65_HS1-834228961_62-HQ-83894_Section_10
Agency: FBI
Page 14
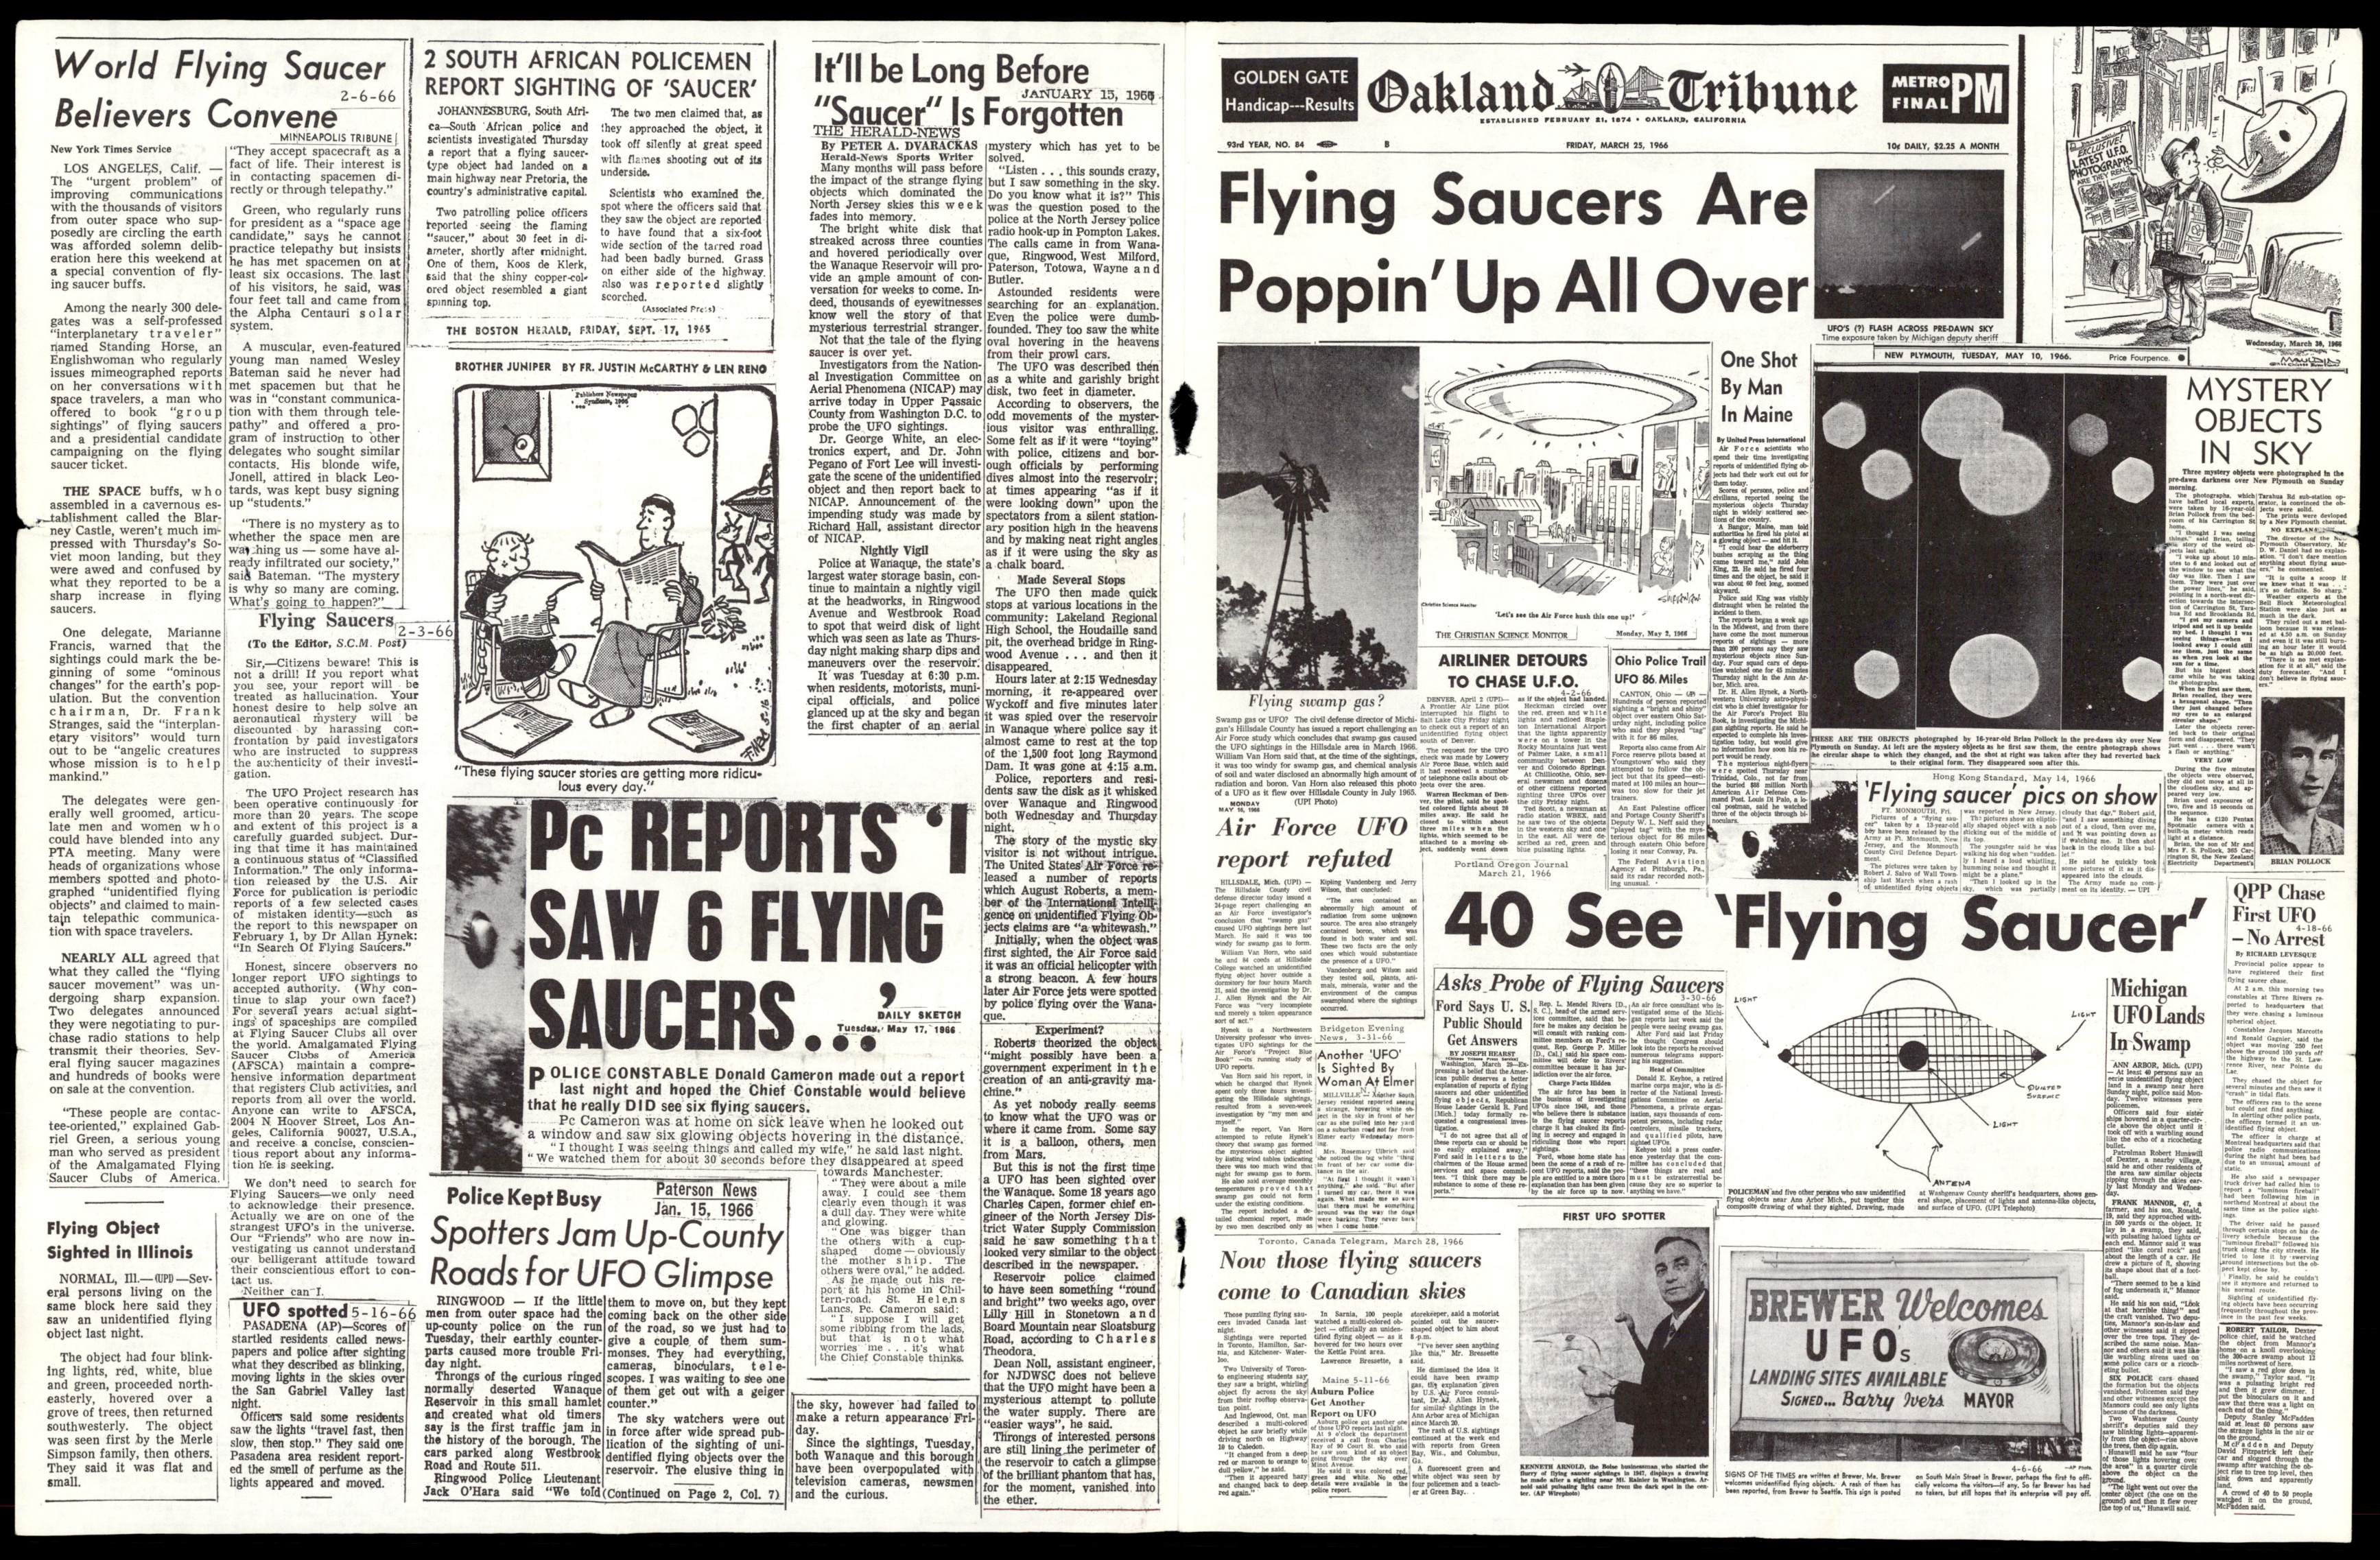